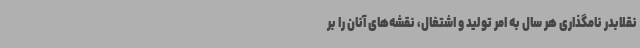
نقلابدر نامگذاری هر سال به امر تولید و اشتغال، نقشه‌های آنان را بر